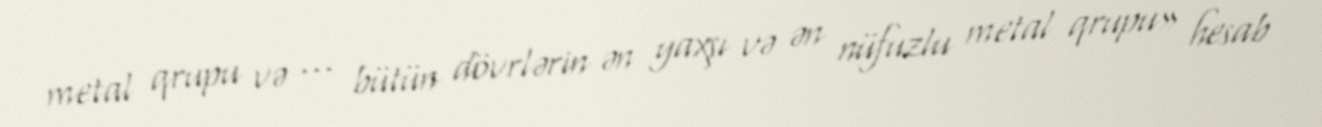
metal qrupu və … bütün dövrlərin ən yaxşı və ən nüfuzlu metal qrupu» hesab